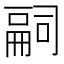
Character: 𠻸